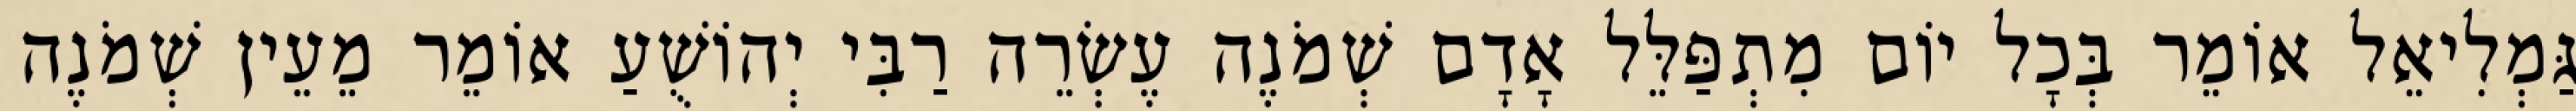
גַּמְלִיאֵל אוֹמֵר בְּכָל יוֹם מִתְפַּלֵּל אָדָם שְׁמֹנֶה עֶשְׂרֵה רַבִּי יְהוֹשֻׁעַ אוֹמֵר מֵעֵין שְׁמֹנֶה